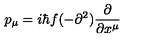
p _ { \mu } = i \hbar f ( - \partial ^ { 2 } ) \frac { \partial } { \partial x ^ { \mu } }